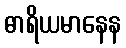
ဓာရိယမာနေန